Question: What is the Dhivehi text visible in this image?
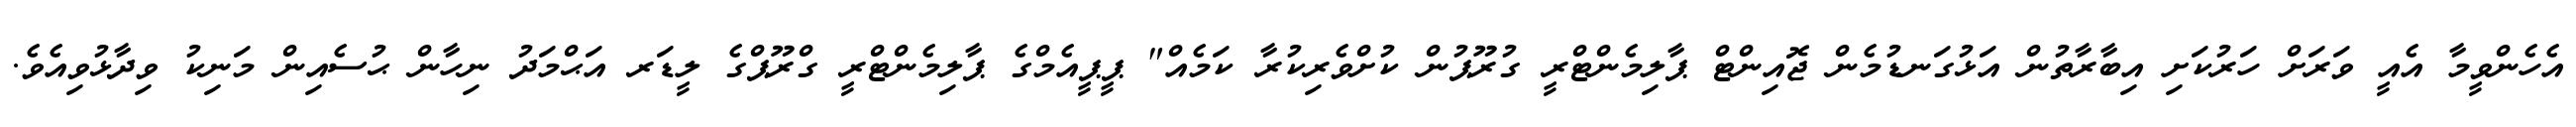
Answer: އެހެންވީމާ އެއީ ވަރަށް ހަރުކަށި އިބާރާތުން އަޅުގަނޑުމެން ޖޮއިންޓް ޕާލިމެންޓްރީ ގުރޫޕުން ކުށްވެރިކުރާ ކަމެއް" ޕީޕީއެމްގެ ޕާލިމެންޓްރީ ގްރޫޕްގެ ލީޑަރ އަޙްމަދު ނިހާން ޙުސެއިން މަނިކު ވިދާޅުވިއެވެ.